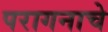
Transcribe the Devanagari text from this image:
परागनाचे